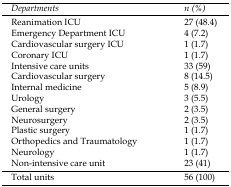
<table><thead><tr><td><b><i>Departments</i></b></td><td><b><i>n (%)</i></b></td></tr></thead><tbody><tr><td>Reanimation ICU</td><td>27 (48.4)</td></tr><tr><td>Emergency Department ICU</td><td>4 (7.2)</td></tr><tr><td>Cardiovascular surgery ICU</td><td>1 (1.7)</td></tr><tr><td>Coronary ICU</td><td>1 (1.7)</td></tr><tr><td>Intensive care units</td><td>33 (59)</td></tr><tr><td>Cardiovascular surgery</td><td>8 (14.5)</td></tr><tr><td>Internal medicine</td><td>5 (8.9)</td></tr><tr><td>Urology</td><td>3 (5.5)</td></tr><tr><td>General surgery</td><td>2 (3.5)</td></tr><tr><td>Neurosurgery</td><td>2 (3.5)</td></tr><tr><td>Plastic surgery</td><td>1 (1.7)</td></tr><tr><td>Orthopedics and Traumatology</td><td>1 (1.7)</td></tr><tr><td>Neurology</td><td>1 (1.7)</td></tr><tr><td>Non-intensive care unit</td><td>23 (41)</td></tr></tbody></table>